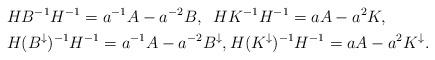
LaTeX: \begin{align*}&H B^{-1} H^{-1} = a^{-1} A - a^{-2} B, \;\;H K^{-1} H^{-1}= a A - a^{2} K,\\&H (B^\downarrow)^{-1} H^{-1} = a^{-1} A - a^{-2} B^\downarrow, H (K^\downarrow)^{-1} H^{-1}= a A - a^{2} K^\downarrow.\end{align*}